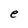
Character: e